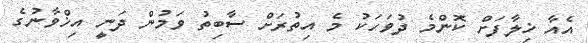
އެއާ ޚިލާފަށް ކޮންމެ ދުވަހަކު މެ އިތުރަށް ސާބިތު ވަމުން ދަނީ އިޚްވާނުގެ